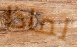
لماذا